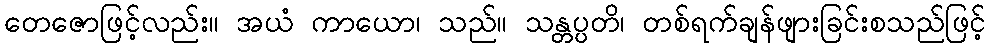
တေဇောဖြင့်လည်း။ အယံ ကာယော၊ သည်။ သန္တပ္ပတိ၊ တစ်ရက်ချန်ဖျားခြင်းစသည်ဖြင့်